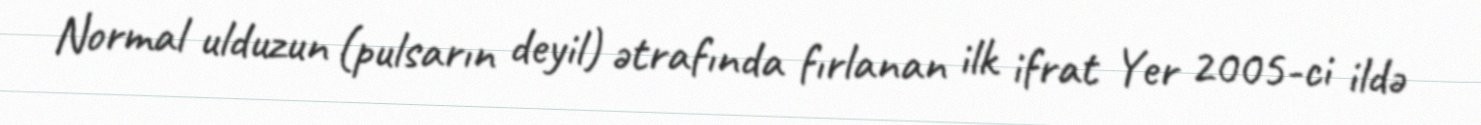
Normal ulduzun (pulsarın deyil) ətrafında fırlanan ilk ifrat Yer 2005-ci ildə